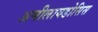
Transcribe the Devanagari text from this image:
अमीलायडोसिस